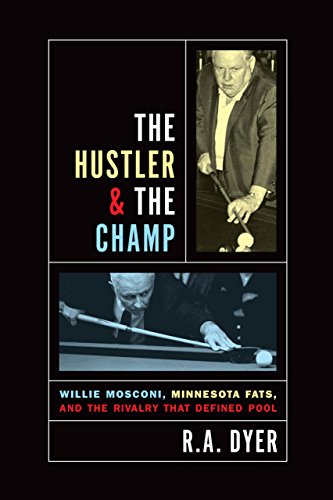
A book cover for Hustler & The Champ: Willie Mosconi, Minnesota Fats, And The Rivalry That Defined Pool; R. A. Dyer; Sports & Outdoors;